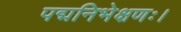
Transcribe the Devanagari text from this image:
पद्मनिभेक्षणः।